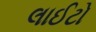
લાઈટો